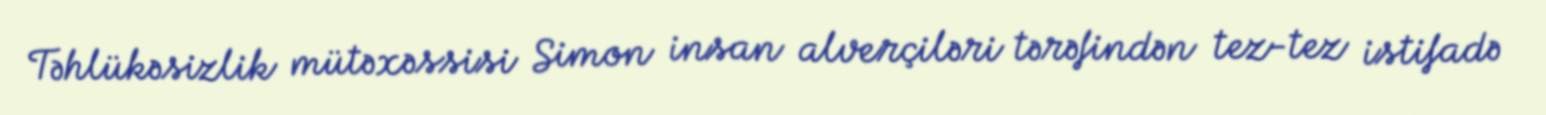
Təhlükəsizlik mütəxəssisi Simon insan alverçiləri tərəfindən tez-tez istifadə